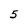
Character: 5